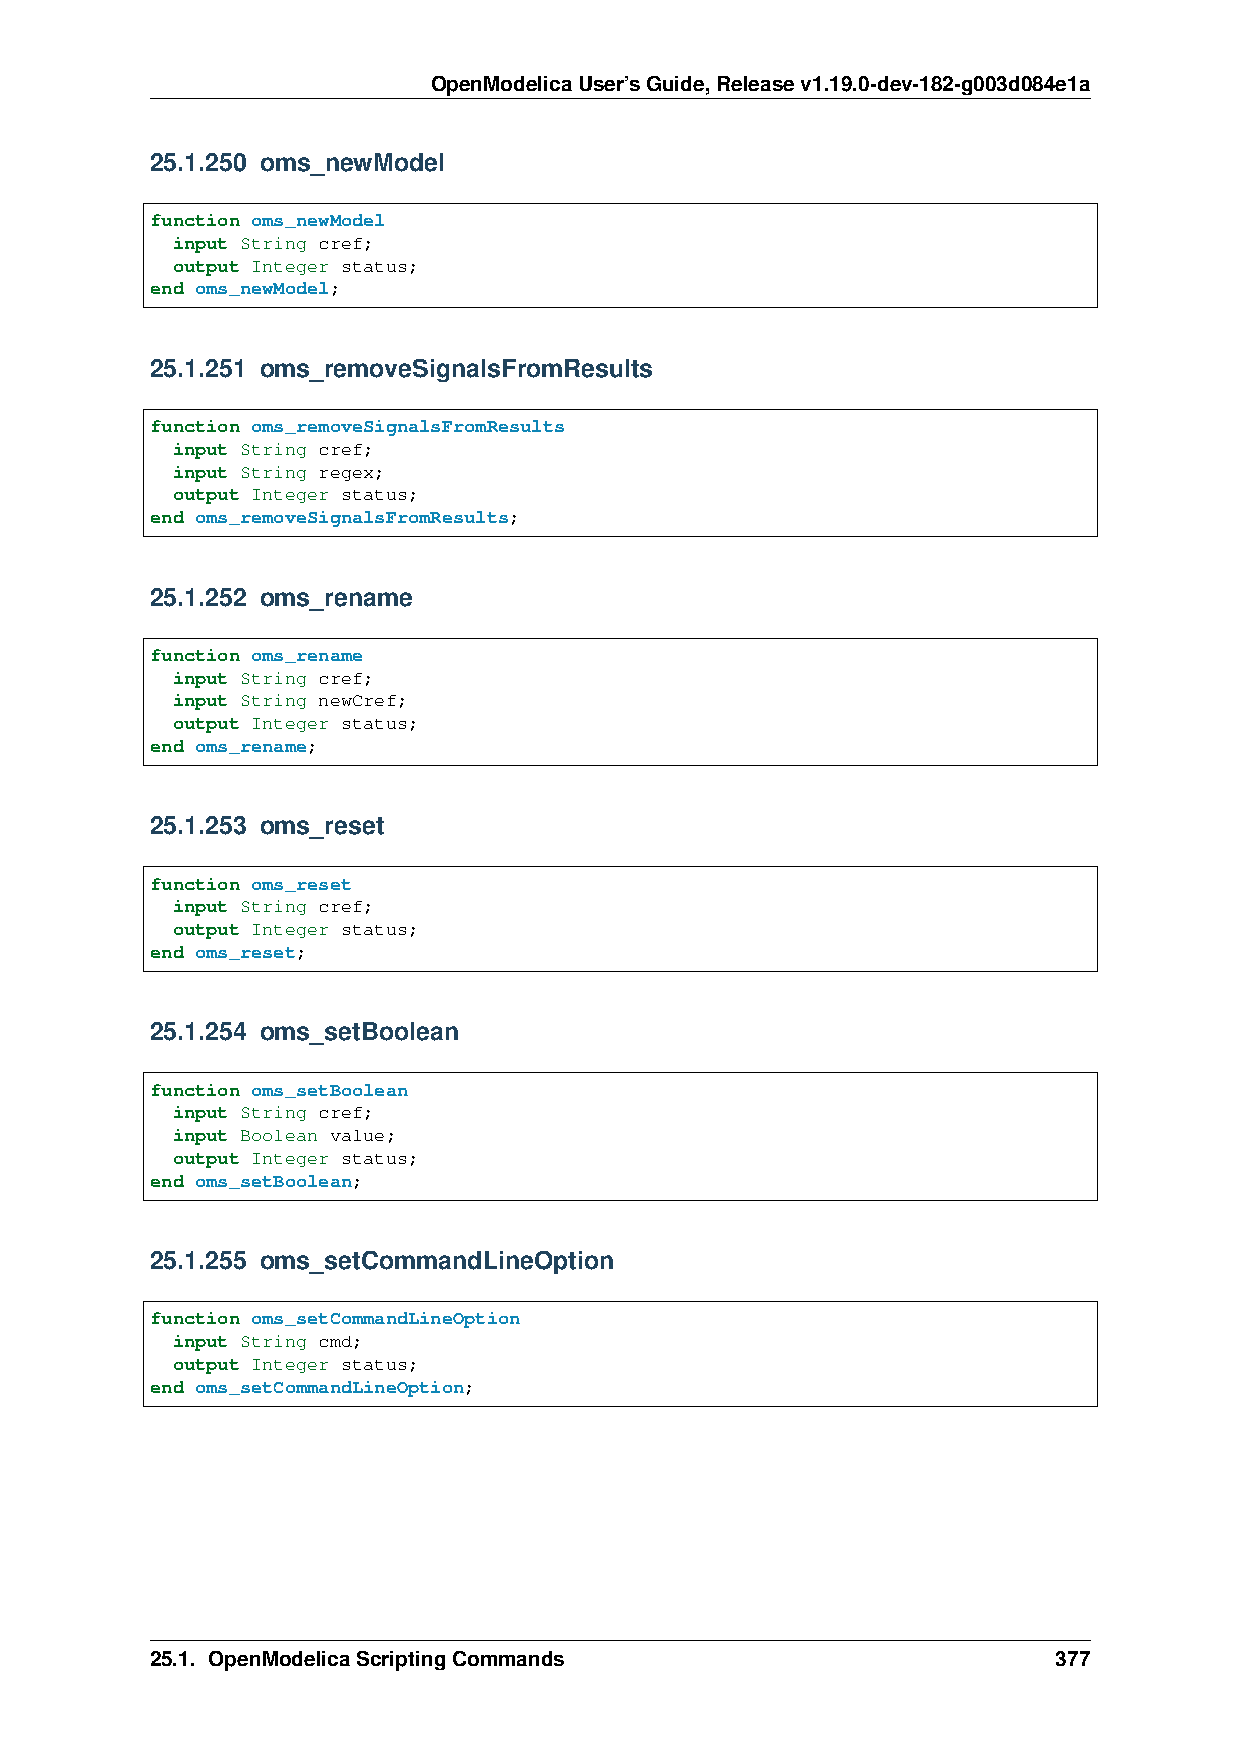
OpenModelicaUser’sGuide,Releasev1.19.0-dev-182-g003d084e1a
 25.1.250 oms_newModel
 function oms_newModel
 input String cref;
 output Integer status;
 end oms_newModel;
 25.1.251 oms_removeSignalsFromResults
 function oms_removeSignalsFromResults
 input String cref;
 input String regex;
 output Integer status;
 end oms_removeSignalsFromResults;
 25.1.252 oms_rename
 function oms_rename
 input String cref;
 input String newCref;
 output Integer status;
 end oms_rename;
 25.1.253 oms_reset
 function oms_reset
 input String cref;
 output Integer status;
 end oms_reset;
 25.1.254 oms_setBoolean
 function oms_setBoolean
 input String cref;
 input Boolean value;
 output Integer status;
 end oms_setBoolean;
 25.1.255 oms_setCommandLineOption
 function oms_setCommandLineOption
 input String cmd;
 output Integer status;
 end oms_setCommandLineOption;
 25.1. OpenModelicaScriptingCommands                         377